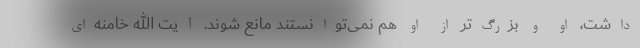
داشت، او و بزرگ‌تر از او هم نمی‌توانستند مانع شوند. آیت الله خامنه‌ای